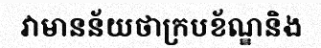
វាមានន័យថាក្របខ័ណ្ឌនិង